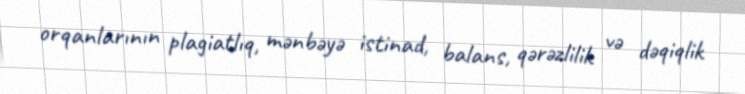
orqanlarının plagiatlıq, mənbəyə istinad, balans, qərəzlilik və dəqiqlik